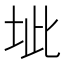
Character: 𭎔